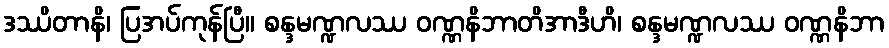
ဒဿိတာနိ၊ ပြအပ်ကုန်ပြီ။ စန္ဒမဏ္ဍလဿ ဝဏ္ဏနိဘာတိအာဒီဟိ၊ စန္ဒမဏ္ဍလဿ ဝဏ္ဏနိဘာ